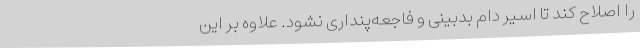
را اصلاح کند تا اسیر دام بدبینی و فاجعه‌پنداری نشود. علاوه بر این